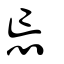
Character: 忘